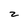
Character: z